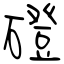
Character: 磴